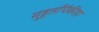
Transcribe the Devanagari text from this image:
मुहूर्तांपैकीहा